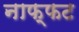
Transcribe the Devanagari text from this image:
नाफ्फट